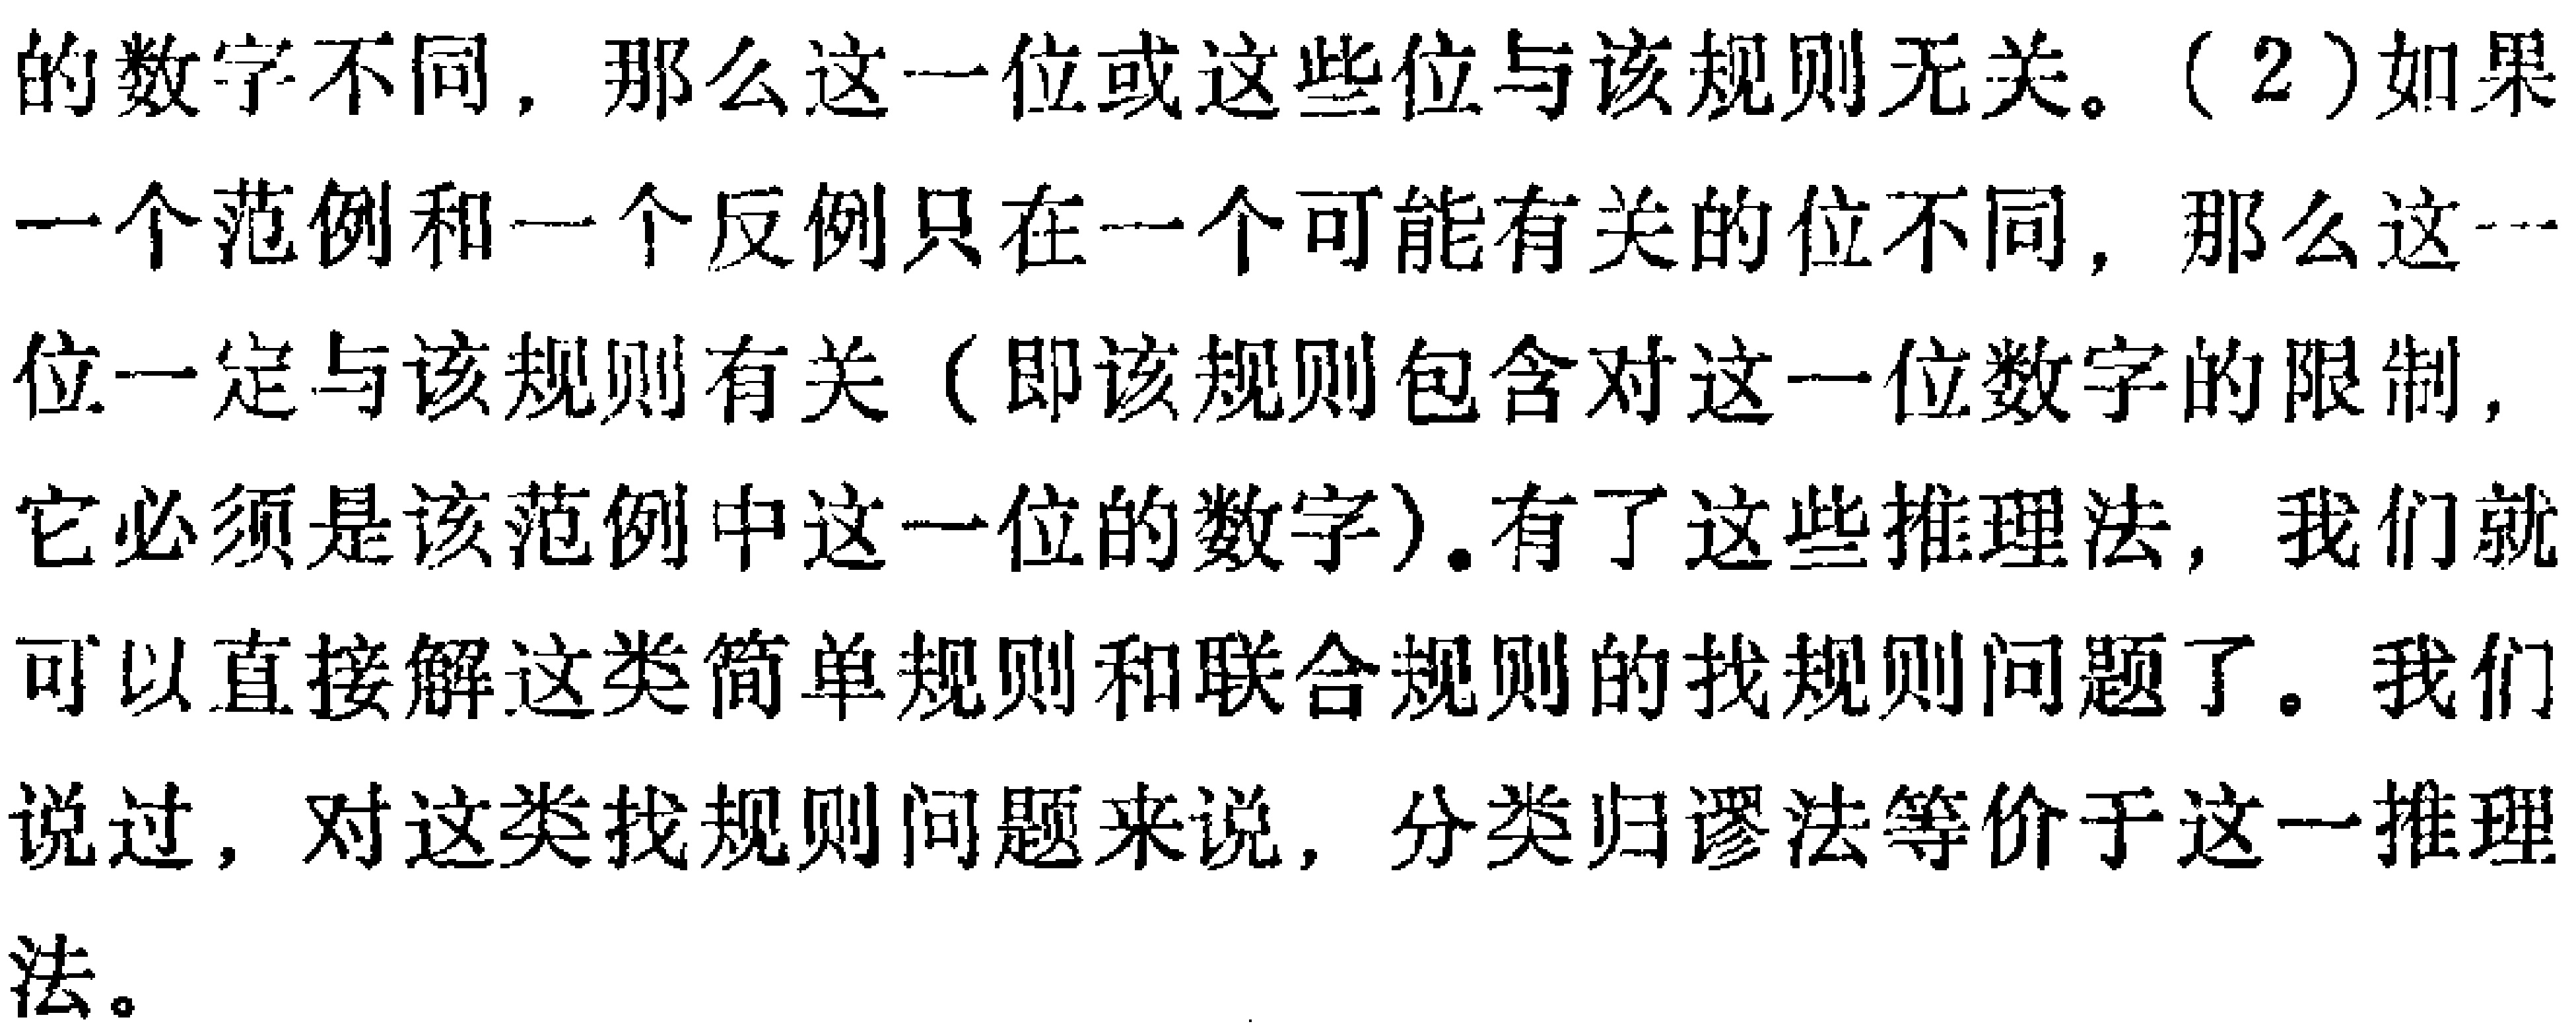
的数字不同，那么这一位或这些位与该规则无关。（2）如果一个范例和一个反例只在一个可能有关的位不同，那么这一位一定与该规则有关（即该规则包含对这一位数字的限制，它必须是该范例中这一位的数字）。有了这些推理法，我们就可以直接解这类简单规则和联合规则的找规则问题了。我们说过，对这类找规则问题来说，分类归谬法等价于这一推理法。